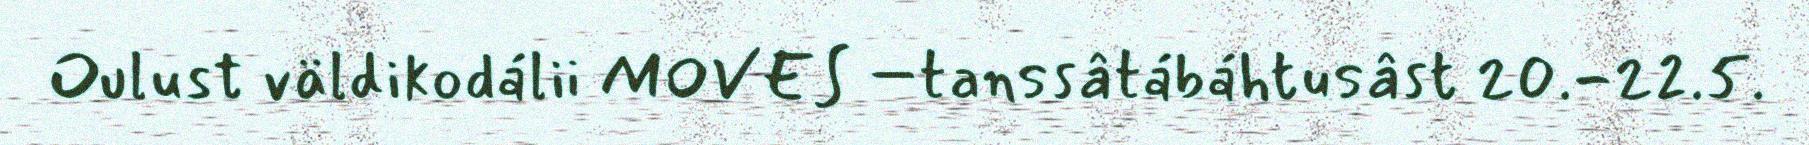
Oulust väldikodálii MOVES –tanssâtábáhtusâst 20.-22.5.